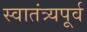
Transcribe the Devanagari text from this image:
स्वातंत्र्यपूूर्व